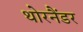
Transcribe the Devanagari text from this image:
थोरनैंडर